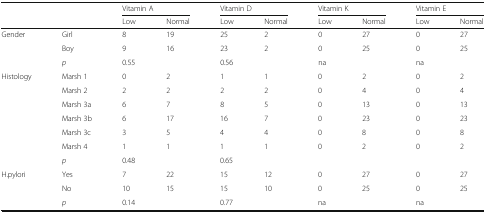
<table><thead><tr><td rowspan="2" colspan="2"></td><td colspan="2"><b>Vitamin A</b></td><td colspan="2"><b>Vitamin D</b></td><td colspan="2"><b>Vitamin K</b></td><td colspan="2"><b>Vitamin E</b></td></tr><tr><td><b>Low</b></td><td><b>Normal</b></td><td><b>Low</b></td><td><b>Normal</b></td><td><b>Low</b></td><td><b>Normal</b></td><td><b>Low</b></td><td><b>Normal</b></td></tr></thead><tbody><tr><td rowspan="3">Gender</td><td>Girl</td><td>8</td><td>19</td><td>25</td><td>2</td><td>0</td><td>27</td><td>0</td><td>27</td></tr><tr><td>Boy</td><td>9</td><td>16</td><td>23</td><td>2</td><td>0</td><td>25</td><td>0</td><td>25</td></tr><tr><td><i>p</i></td><td colspan="2">0.55</td><td colspan="2">0.56</td><td colspan="2">na</td><td colspan="2">na</td></tr><tr><td rowspan="7">Histology</td><td>Marsh 1</td><td>0</td><td>2</td><td>1</td><td>1</td><td>0</td><td>2</td><td>0</td><td>2</td></tr><tr><td>Marsh 2</td><td>2</td><td>2</td><td>2</td><td>2</td><td>0</td><td>4</td><td>0</td><td>4</td></tr><tr><td>Marsh 3a</td><td>6</td><td>7</td><td>8</td><td>5</td><td>0</td><td>13</td><td>0</td><td>13</td></tr><tr><td>Marsh 3b</td><td>6</td><td>17</td><td>16</td><td>7</td><td>0</td><td>23</td><td>0</td><td>23</td></tr><tr><td>Marsh 3c</td><td>3</td><td>5</td><td>4</td><td>4</td><td>0</td><td>8</td><td>0</td><td>8</td></tr><tr><td>Marsh 4</td><td>1</td><td>1</td><td>1</td><td>1</td><td>0</td><td>2</td><td>0</td><td>2</td></tr><tr><td><i>p</i></td><td colspan="2">0.48</td><td colspan="2">0.65</td><td colspan="2"></td><td colspan="2"></td></tr><tr><td rowspan="3">H.pylori</td><td>Yes</td><td>7</td><td>22</td><td>15</td><td>12</td><td>0</td><td>27</td><td>0</td><td>27</td></tr><tr><td>No</td><td>10</td><td>15</td><td>15</td><td>10</td><td>0</td><td>25</td><td>0</td><td>25</td></tr><tr><td><i>p</i></td><td colspan="2">0.14</td><td colspan="2">0.77</td><td colspan="2">na</td><td colspan="2">na</td></tr></tbody></table>